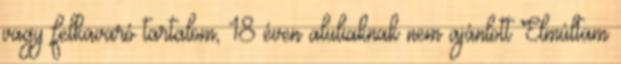
vagy felkavaró tartalom, 18 éven aluliaknak nem ajánlott Elmúltam